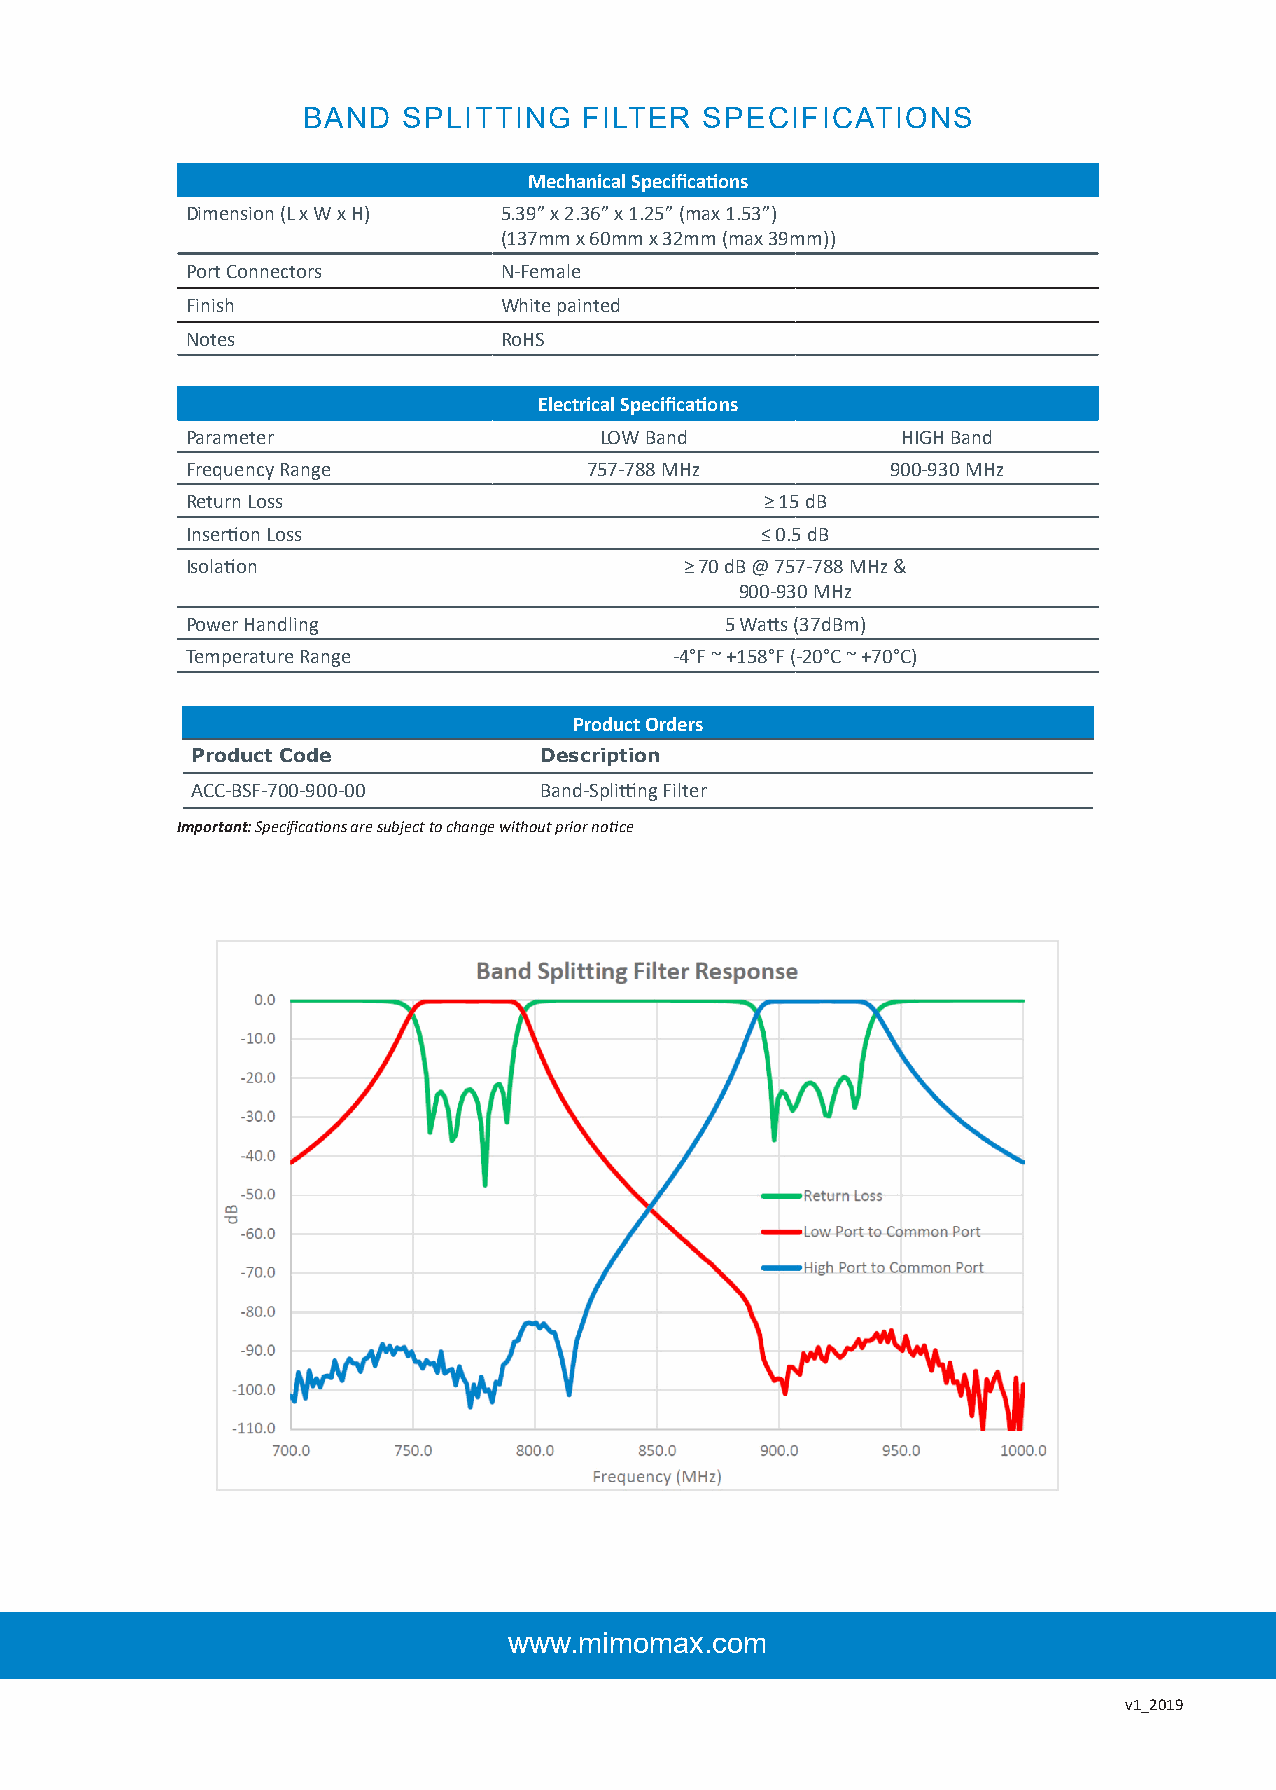
BAND   SPLITTING   FILTER  SPECIFICATIONS
 Mechanical Specifications
 Dimension (L x W x H) 5.39” x 2.36” x 1.25” (max 1.53”)
 (137mm x 60mm x 32mm (max 39mm))
 Port Connectors      N-Female
 Finish               White painted
 Notes                RoHS
 Electrical Specifications
 Parameter                   LOW Band            HIGH Band
 Frequency Range            757-788 MHz         900-930 MHz
 Return Loss                            ≥ 15 dB
 Insertion Loss                        ≤ 0.5 dB
 Isolation                        ≥ 70 dB @ 757-788 MHz &
 900-930 MHz
 Power Handling                      5 Watts (37dBm)
 Temperature Range                -4°F ~ +158°F (-20°C ~ +70°C)
 Product Orders
 Product Code           Description
 ACC-BSF-700-900-00     Band-Splitting Filter
 Important: Specifications are subject to change without prior notice
 www.mimomax.com
 v1_2019